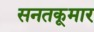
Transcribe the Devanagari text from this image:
सनतकूमार